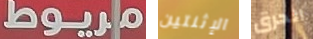
مريوط الإثنتين الحرق